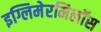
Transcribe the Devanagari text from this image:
इग्लिमेरमिलॉस